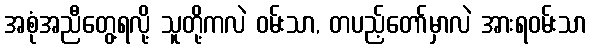
အစုံအညီတွေ့ရလို့ သူတို့ကလဲ ဝမ်းသာ, တပည့်တော်မှာလဲ အားရဝမ်းသာ